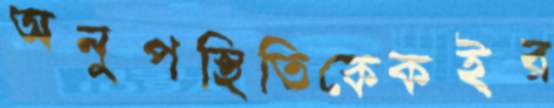
অনুপস্থিতিকেকইর